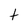
Character: t